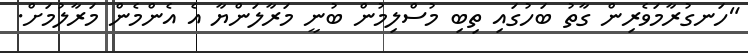
"ހަނގުރާމަވެރިން ގާތު ބަހުގައި ތިބި މުސްލިމުން ބުނީ މަރާލަންޔާ އެ އެންމެން މަރާލުމަށް.